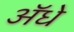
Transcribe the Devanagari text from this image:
ॲधे